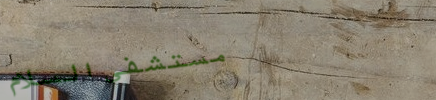
مستشفى السلام